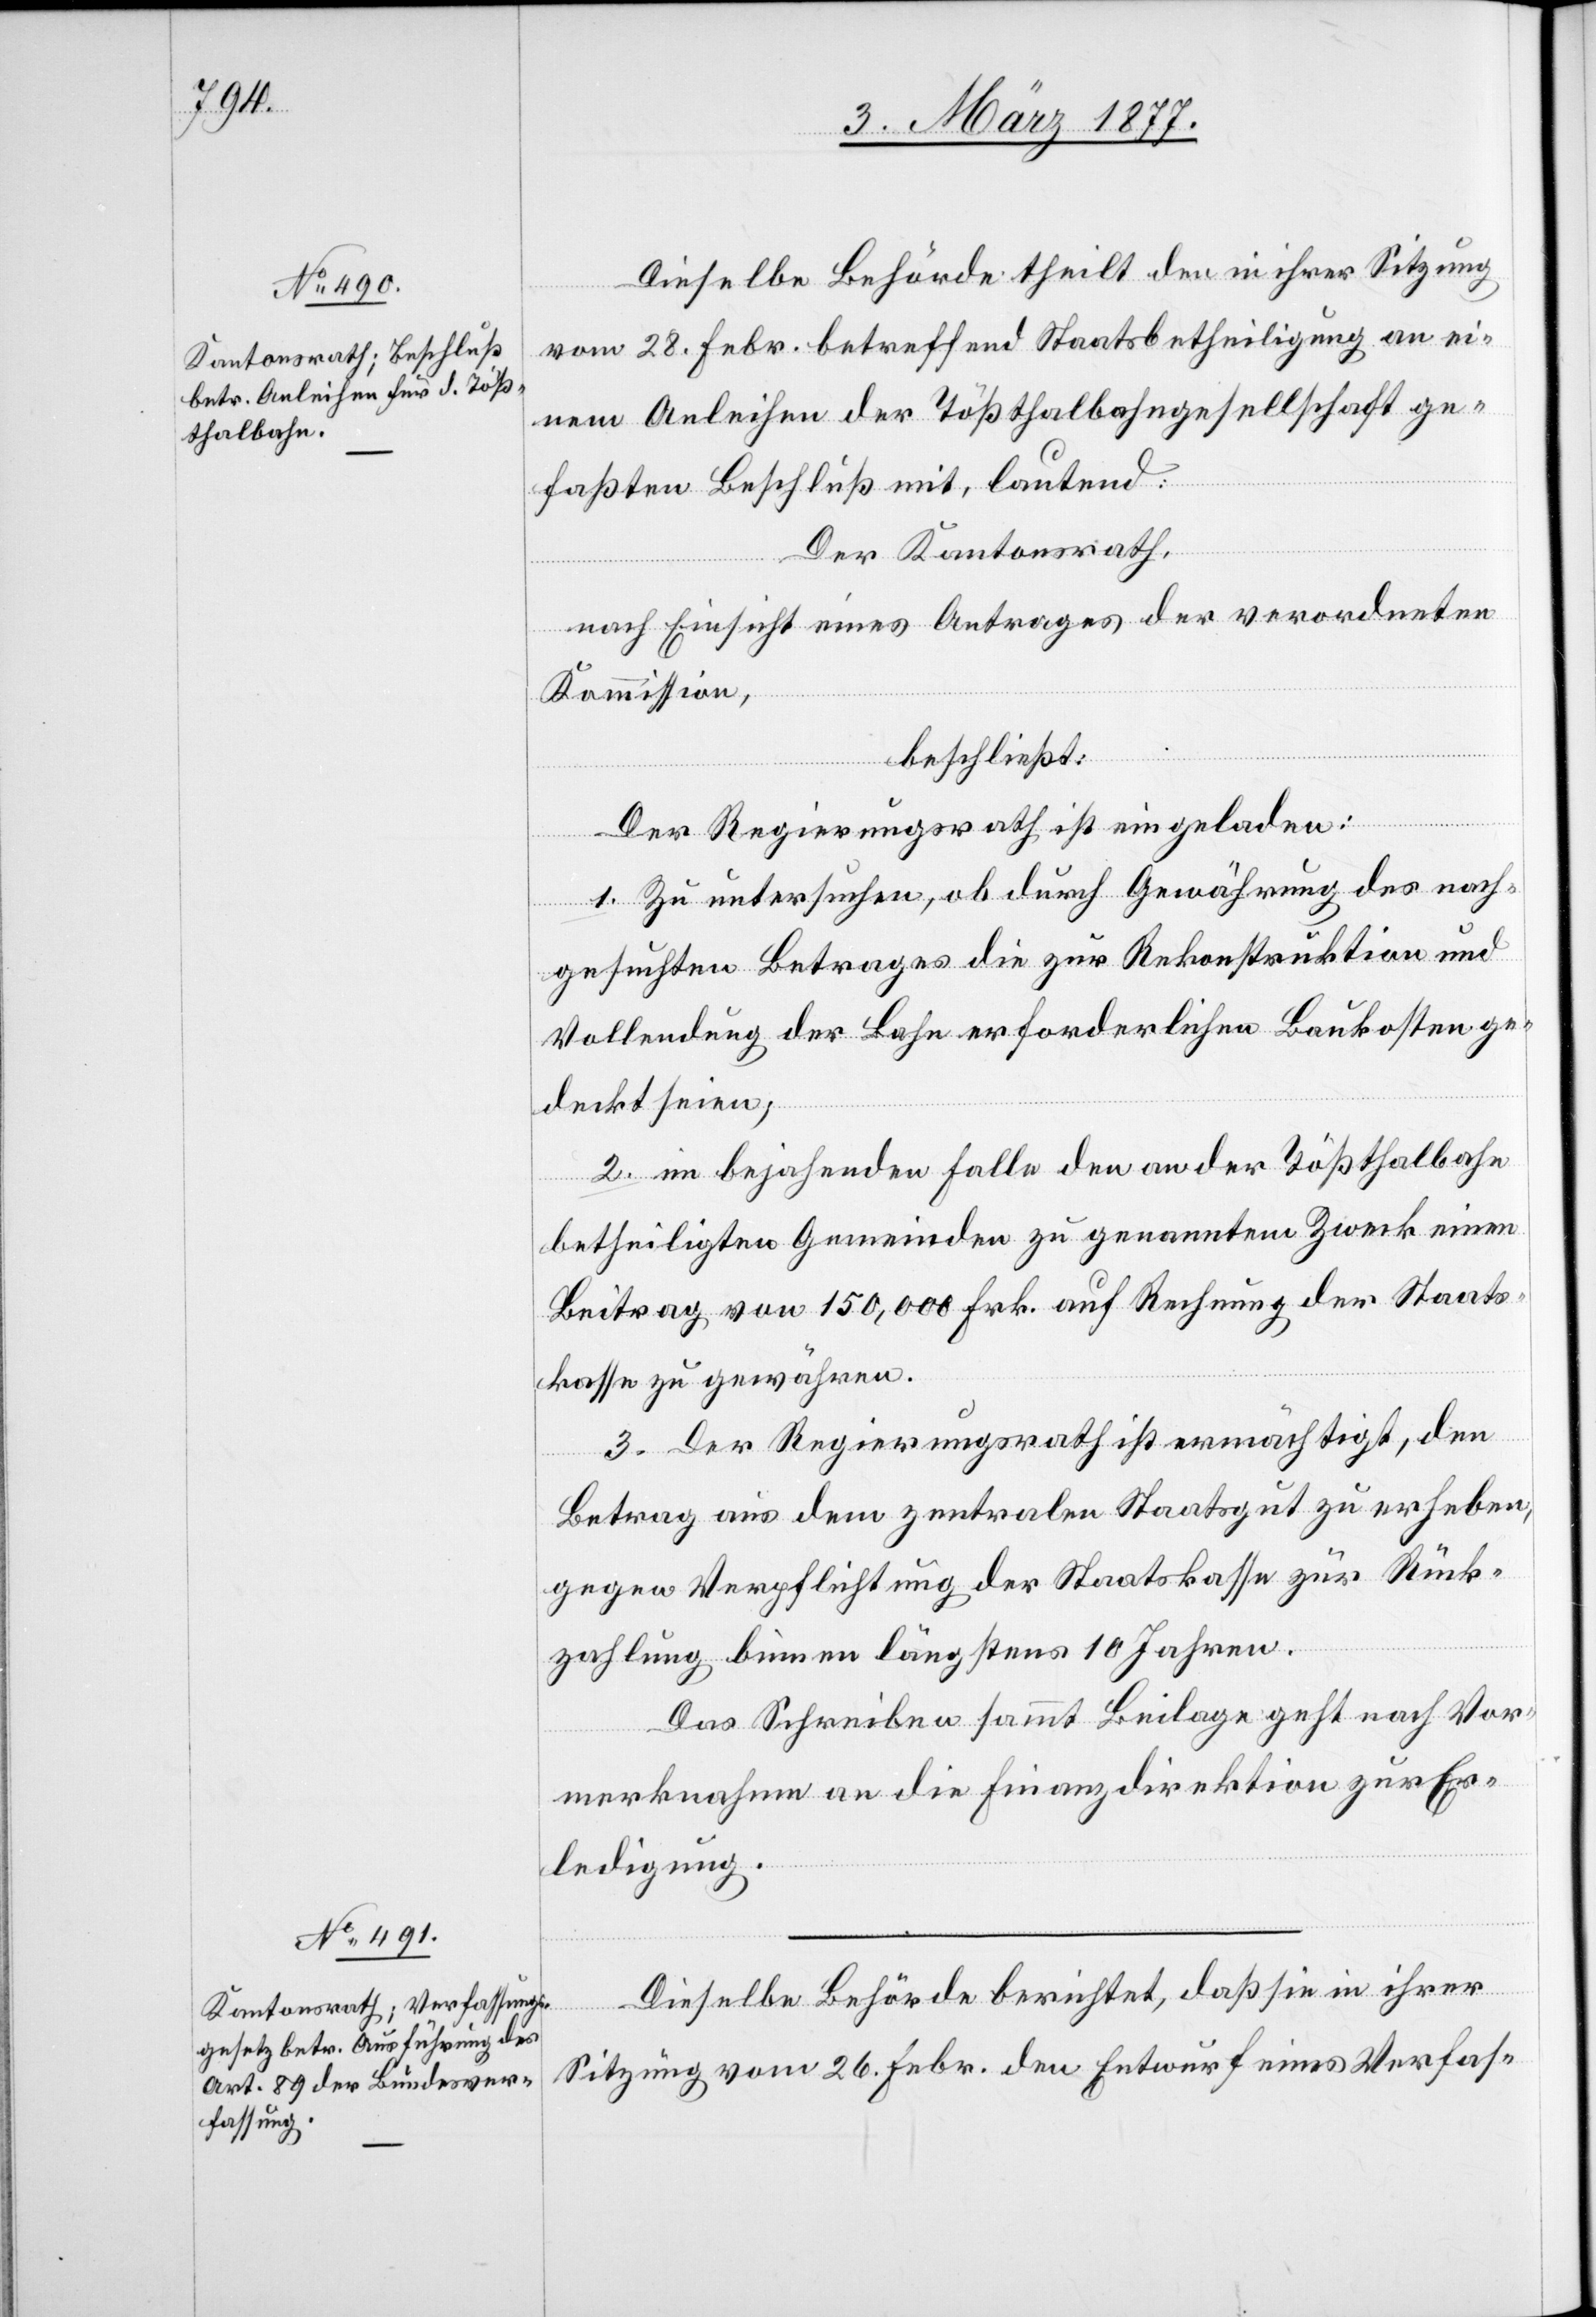
Dieselbe Behörde theilt den in ihrer Sitzung
in ihrer
vom 28. Febr. betreffend Staatsbetheiligung an ei¬
nem Anleihen der Tößthalbahngesellschaft ge¬
faßten Beschluß mit, lautend:
Der Kantonsrath,
nach Einsicht eines Antrages der verordneten
Kommission,
beschließt:
Der Regierungsrath ist eingeladen:
1. Zu untersuchen, ob durch Gewährung des nach¬
gesuchten Betrages die zur Rekonstruktion und
Vollendung der Bahn erforderlichen Baukosten ge¬
deckt seien;
2. im bejahenden Falle den an der Tößthalbahn
betheiligten Gemeinden zu genanntem Zweck einen
Beitrag von 150,000 Frk. auf Rechnung der Staats¬
kasse zu gewähren.
3. Der Regierungsrath ist ermächtigt, den
Betrag aus dem zentralen Staatsgut zu erheben,
gegen Verpflichtung der Staatskasse zur Rück¬
zahlung binnen längstens 10 Jahren.
Das Schreiben sammt Beilage geht nach Vor¬
sie
merknahme an die Finanzdirektion zur Er¬
ledigung.
Sitzung vom 26. Febr. den Entwurf eines Verfas-